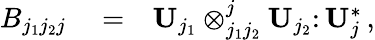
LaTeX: \begin{array}{rlr}{B_{j_{1}j_{2}j}}&{{}=}&{{\mathbf U}_{j_{1}}\otimes_{j_{1}j_{2}}^{j}{\mathbf U}_{j_{2}}\colon{\mathbf U}_{j}^{*}\, ,}\end{array}